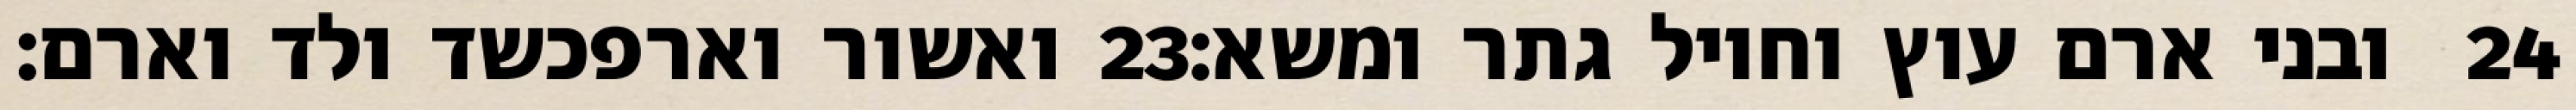
ואשור וארפכשד ולד וארם׃ ‎23‏ ובני ארם עוץ וחויל גתר ומשא׃ ‎24‏